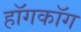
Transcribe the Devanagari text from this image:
हॉगकॉग